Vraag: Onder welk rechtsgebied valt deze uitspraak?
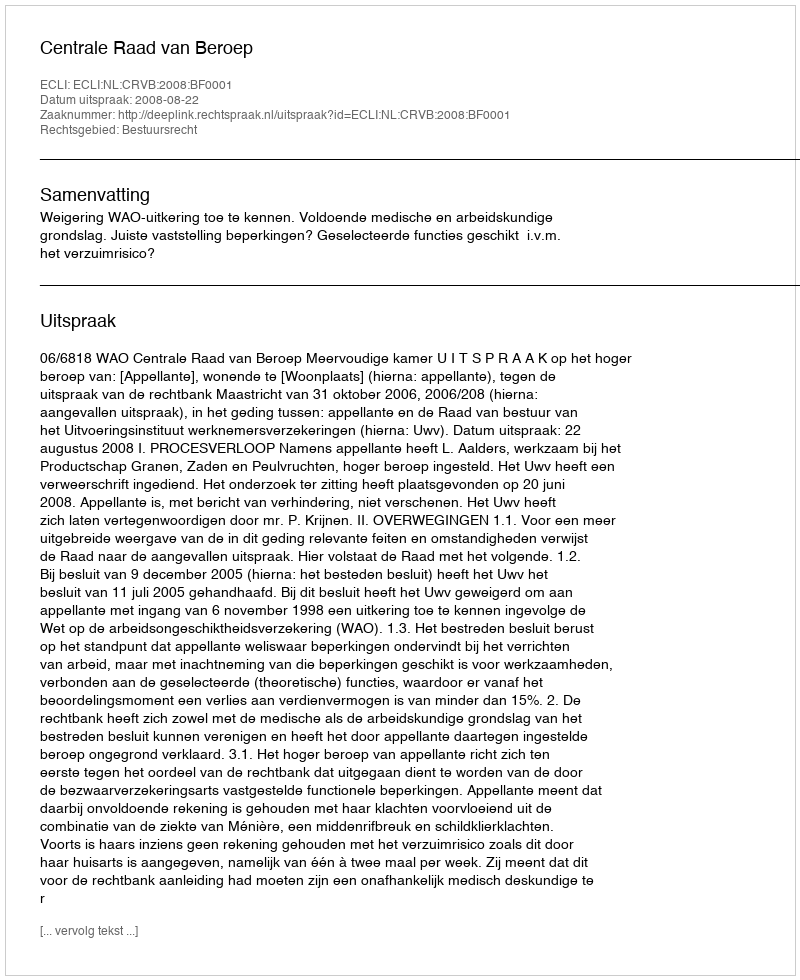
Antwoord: Bestuursrecht